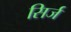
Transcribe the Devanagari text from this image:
सिर्ज